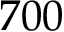
7 0 0